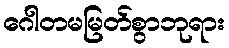
ဂေါတမမြတ်စွာဘုရား